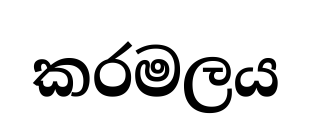
කරමලය